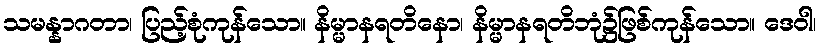
သမန္နာဂတာ၊ ပြည့်စုံကုန်သော။ နိမ္မာနရတိနော၊ နိမ္မာနရတိဘုံ၌ဖြစ်ကုန်သော။ ဒေဝါ၊